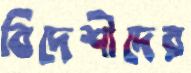
বিদেশীদের